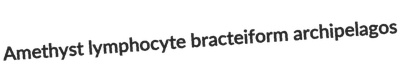
Amethyst lymphocyte bracteiform archipelagos